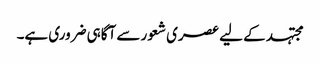
مجتہد کے لیے عصری شعور سے آگاہی ضروری ہے۔